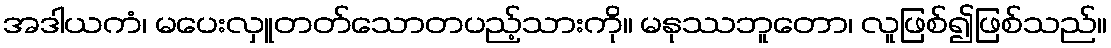
အဒါယကံ၊ မပေးလှူတတ်သောတပည့်သားကို။ မနုဿဘူတော၊ လူဖြစ်၍ဖြစ်သည်။